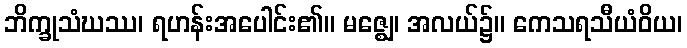
ဘိက္ခုသံဃဿ၊ ရဟန်းအပေါင်း၏။ မဇ္ဈေ၊ အလယ်၌။ ကေသရသီယံဝိယ၊